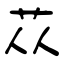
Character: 苁